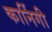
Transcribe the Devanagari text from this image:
कार्निगी